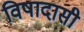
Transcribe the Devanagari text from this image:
विषादासी